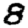
Digit: 8